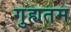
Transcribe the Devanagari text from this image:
गुह्यतम